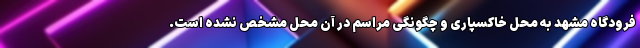
فرودگاه مشهد به محل خاکسپاری و چگونگی مراسم در آن محل مشخص نشده است.